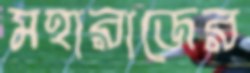
মহারাজের